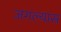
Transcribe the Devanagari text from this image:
जगल्यास